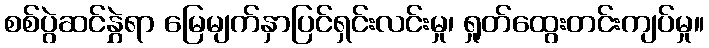
စစ်ပွဲဆင်နွှဲရာ မြေမျက်နှာပြင်ရှင်းလင်းမှု၊ ရှုတ်ထွေးတင်းကျပ်မှု။